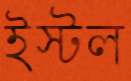
ইস্টল